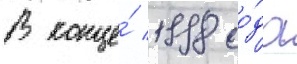
В конце́ 1998 го́да